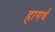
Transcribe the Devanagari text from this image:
हागर्थ